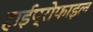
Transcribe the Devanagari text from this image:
हाईप्रोफाइल